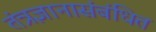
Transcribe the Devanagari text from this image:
तंत्रज्ञानासंबंधित